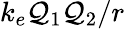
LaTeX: k_{e}\mathcal{Q}_{1}\mathcal{Q}_{2}/r